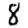
Digit: 8